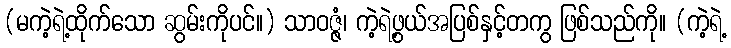
(မကဲ့ရဲ့ထိုက်သော ဆွမ်းကိုပင်။) သာဝဇ္ဇံ၊ ကဲ့ရဲ့ဖွယ်အပြစ်နှင့်တကွ ဖြစ်သည်ကို။ (ကဲ့ရဲ့